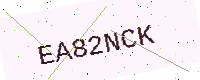
Text: EA82NCK